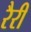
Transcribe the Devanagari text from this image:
रैरी